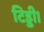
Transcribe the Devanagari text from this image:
टिड्डी।